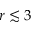
r \lesssim 3